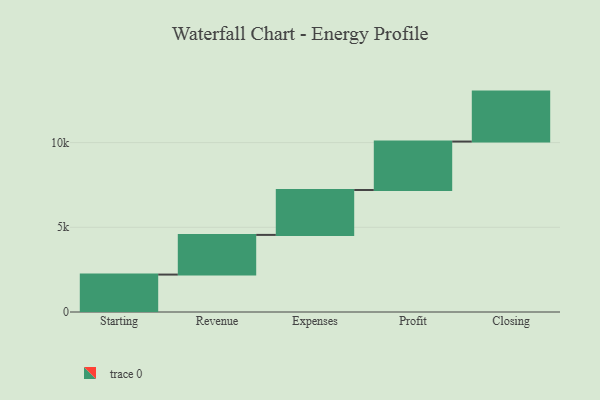
{"axis": {"x": "Step", "y": "Value"}, "legend": [""], "data": [{"x": "Starting", "y": 2209.0, "type": ""}, {"x": "Revenue", "y": 2342.0, "type": ""}, {"x": "Expenses", "y": 2649.0, "type": ""}, {"x": "Profit", "y": 2861.0, "type": ""}, {"x": "Closing", "y": 2948.0, "type": ""}]}